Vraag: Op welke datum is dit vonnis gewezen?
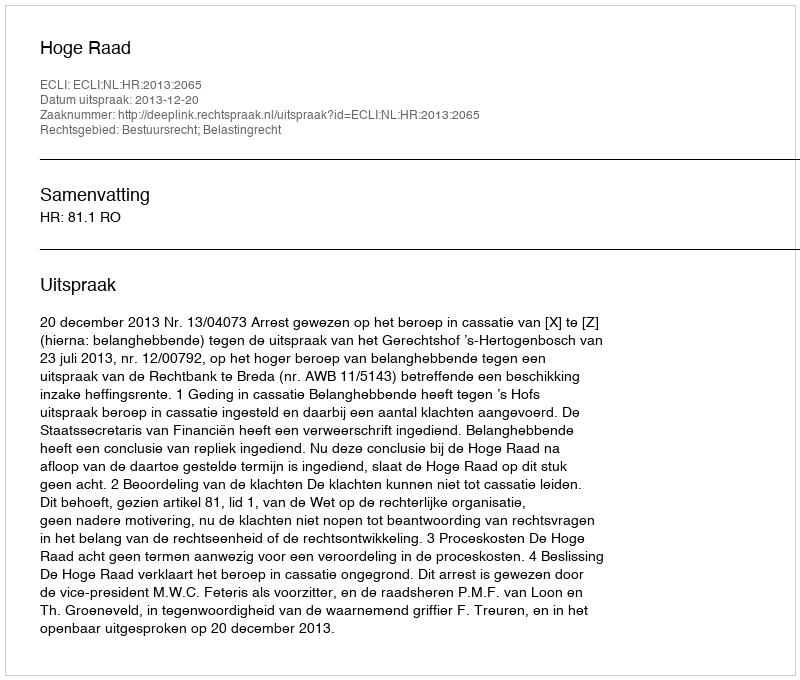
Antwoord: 2013-12-20